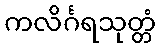
ကလိင်္ဂရသုတ္တံ